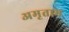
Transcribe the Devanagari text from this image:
अमृताभ